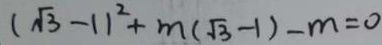
( \sqrt { 3 } - 1 ) ^ { 2 } + m ( \sqrt { 3 } - 1 ) - m = 0